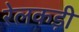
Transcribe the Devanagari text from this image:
रेलकड़ी